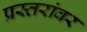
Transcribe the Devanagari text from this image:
प्रस्तरांवर